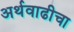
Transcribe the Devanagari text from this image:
अर्थवाढीचा